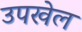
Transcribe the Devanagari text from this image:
उपखेल